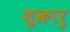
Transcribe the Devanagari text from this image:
शुक्रारु